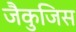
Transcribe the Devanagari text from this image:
जैकुजिस